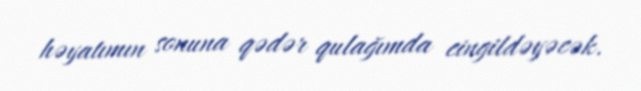
həyatımın sonuna qədər qulağımda cingildəyəcək.